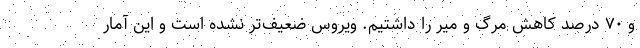
و ۷۰ درصد کاهش مرگ و میر را داشتیم. ویروس ضعیف‌تر نشده است و این آمار